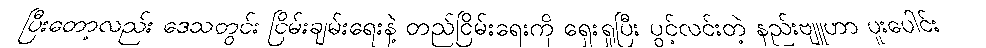
ပြီးတော့လည်း ဒေသတွင်း ငြိမ်းချမ်းရေးနဲ့ တည်ငြိမ်းရေးကို ရှေးရှုပြီး ပွင့်လင်းတဲ့ နည်းဗျူဟာ ပူးပေါင်း